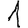
Digit: 1